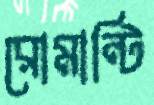
রোমান্টি